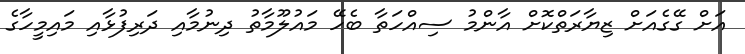
އަށް ގޭގެއަށް ޒިޔާރަތްކޮށް އާންމު ސިއްހަތާ ބެހޭ މައުލޫމާތު ދިނުމާއި ދަރިފުޅާއި މައިމީހާގެ